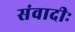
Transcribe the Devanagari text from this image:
संवादीः